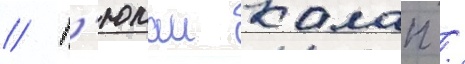
// Г'юлаи калап /